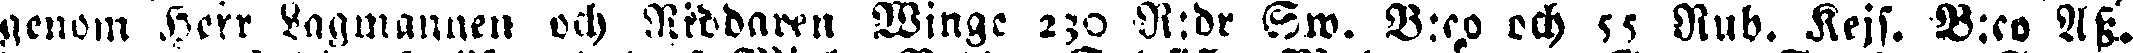
genom Herr Lagmannen och Riddaren Winge 230 R:dr Sw. B:co och 55 Rub. Kejs. B:co Ass.